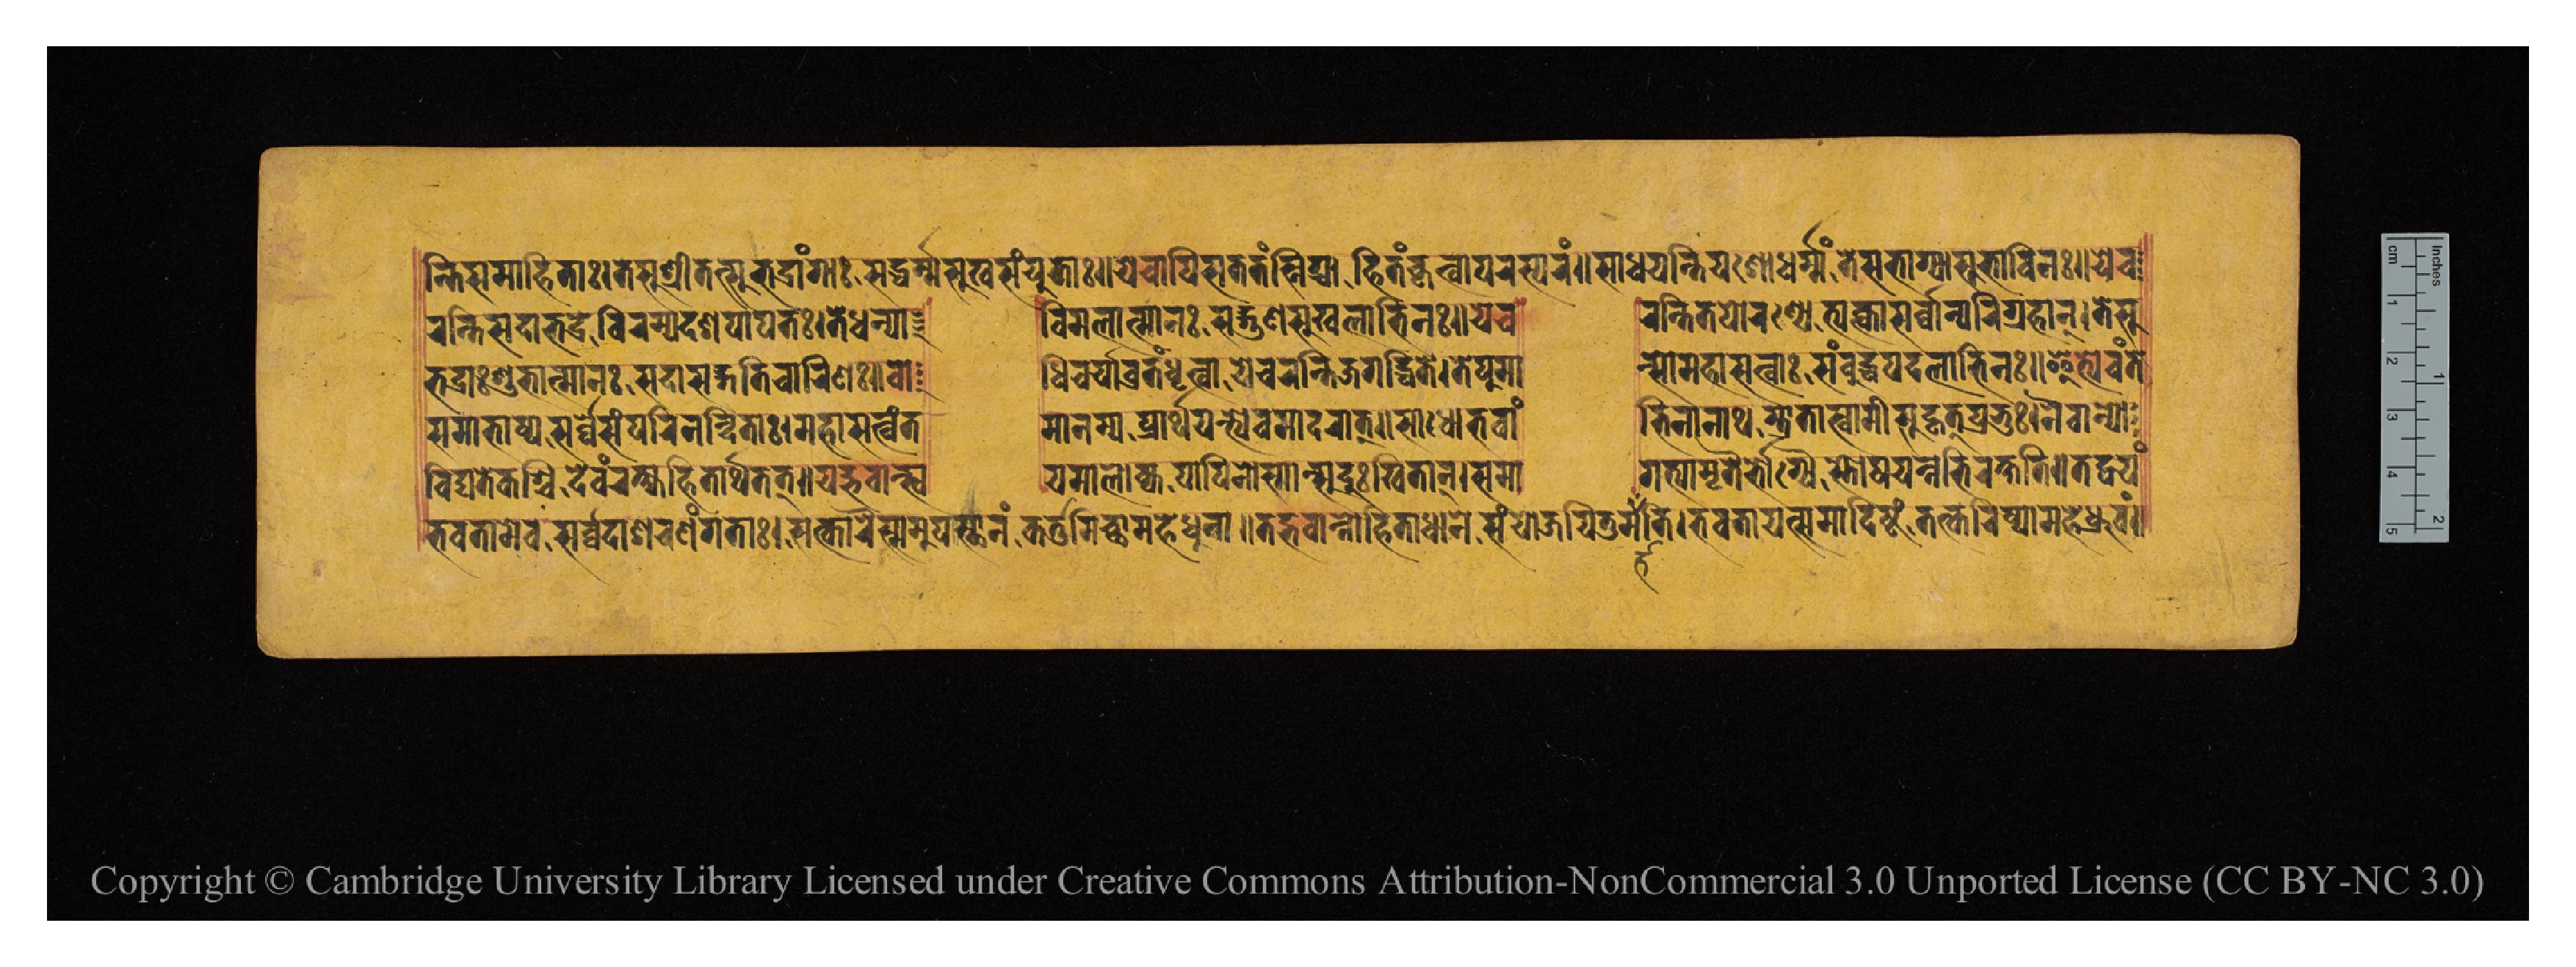
𑐣𑑂𑐟𑐶𑐳𑐩𑐵𑐴𑐶𑐟𑐵𑑅𑑋𑐟𑐾𑐳𑐸𑐱𑑂𑐬𑐷𑐃𑐩𑐟𑑂𑐳𑐸𑐨𑐡𑑂𑐬𑐵𑑄𑐐𑐵𑑅𑐳𑐡𑑂𑐢𑐬𑑂𑐩𑑂𑐩𑐳𑐸𑐏𑐳𑑄𑐫𑐸𑐟𑐵𑑅𑑌𑐫𑐾𑐔𑐵𑐥𑐶𑐳𑐟𑐟𑑄𑐳𑑂𑐣𑐶𑐐𑑂𑐢𑐵𑐴𑐶𑐟𑑄𑐎𑐺𑐟𑑂𑐰𑐵𑐥𑐬𑐳𑑂𑐥𑐬𑑄𑑌𑐳𑐵𑐢𑐫𑐣𑑂𑐟𑐶𑐫𑐱𑑀𑐢𑐬𑑂𑐩𑑂𑐩𑑄𑐟𑐾𑐳𑐨𑐵𑐐𑑂𑐫𑐵𑐳𑐸𑐨𑐵𑐰𑐶𑐣𑑅𑑌𑐫𑐾𑐔 𑐬𑐣𑑂𑐟𑐶𑐳𑐡𑐵𑐨𑐡𑑂𑐬𑐾𑐰𑐶𑐬𑐩𑑂𑐫𑐡𑐱𑐥𑐵𑐥𑐟𑑅𑑋𑐟𑐾𑐢𑐣𑑂𑐫𑐵   𑐰𑐶𑐩𑐮𑐵𑐟𑑂𑐩𑐵𑐣𑑅𑐳𑐡𑑂𑐐𑐸𑐞𑐳𑐸𑐏𑐮𑐵𑐨𑐶𑐣𑑅𑑋𑐫𑐾𑐔  𑐬𑐣𑑂𑐟𑐶𑐟𑐥𑑀𑐬𑐞𑑂𑐫𑐾𑐟𑑂𑐫𑐎𑑂𑐟𑑂𑐰𑐵𑐳𑐬𑑂𑐰𑑂𑐰𑐵𑐣𑑂𑐥𑐬𑐶𑐐𑑂𑐬𑐴𑐵𑐣𑑂𑑋𑐟𑐾𑐳𑐸 𑐨𑐡𑑂𑐬𑐵𑑅𑐱𑐸𑐨𑐵𑐟𑑂𑐩𑐵𑐣𑑅𑐳𑐡𑐵𑐳𑐡𑑂𑐐𑐟𑐶𑐔𑐵𑐬𑐶𑐞𑑅𑑋𑐧𑑀  𑐢𑐶𑐔𑐬𑑂𑐫𑐵𑐰𑑂𑐬𑐟𑑄𑐢𑐺𑐟𑑂𑐰𑐵𑐫𑐾𑐔𑐬𑐣𑑂𑐟𑐶𑐖𑐐𑐡𑑂𑐢𑐶𑐟𑐾𑑋𑐟𑐾𑐥𑐸𑐩𑐵  𑐣𑑂𑐳𑑀𑐩𑐴𑐵𑐳𑐟𑑂𑐰𑐵𑑅𑐳𑑄𑐧𑐸𑐡𑑂𑐢𑐥𑐡𑐮𑐵𑐨𑐶𑐣𑑅𑑌𑐂𑐟𑑂𑐫𑐾𑐰𑑄𑐟𑐾 𑐳𑐩𑐵𑐨𑐵𑐲𑑂𑐫𑐳𑐬𑑂𑐰𑑂𑐰𑐳𑑄𑐥𑐬𑐶𑐣𑐣𑑂𑐡𑐶𑐟𑐵𑑅𑑋𑐩𑐴𑐵𑐳𑐟𑑂𑐰𑑄𑐟  𑐩𑐵𑐣𑐩𑑂𑐫𑐥𑑂𑐬𑐵𑐬𑑂𑐠𑐫𑐣𑑂𑐟𑑂𑐫𑐾𑐩𑐵𑐡𑐬𑐵𑐟𑑂𑑌𑐳𑐵𑐢𑑀𑐨𑐰𑐵𑑄  𑐴𑐶𑐣𑑀𑐣𑐵𑐠𑐫𑐵𑐟𑐵𑐳𑑂𑐰𑐵𑐩𑐷𑐳𑐸𑐴𑐺𑐟𑑂𑐥𑑂𑐬𑐨𑐸𑑅𑑋𑐣𑐿𑐰𑐵𑐣𑑂𑐫𑑀 𑐰𑐶𑐡𑑂𑐫𑐟𑐾𑐎𑐱𑑂𑐔𑐶𑐡𑐾𑐰𑑄𑐬𑐎𑑂𑐲𑑂𑐫𑐴𑐶𑐟𑐵𑐬𑑂𑐠𑐨𑐺𑐟𑑂𑑌𑐫𑐡𑑂𑐨𑐰𑐵𑐣𑑂𑐳𑑂𑐰  𑐫𑐩𑐵𑐮𑑀𑐎𑑂𑐫𑐥𑐵𑐥𑐶𑐣𑑀𑐳𑑂𑐩𑐵𑐣𑑂𑐳𑐸𑐡𑐸𑑅𑐏𑐶𑐟𑐵𑐣𑑂𑑋𑐳𑐩𑐵  𑐐𑐟𑑂𑐫𑐵𑐩𑐺𑐟𑐿𑐬𑑂𑐨𑑀𑐐𑑂𑐫𑐿𑐳𑑂𑐟𑑀𑐲𑐫𑐣𑑂𑐣𑐨𑐶𑐬𑐎𑑂𑐲𑐟𑐶𑑌𑐟𑐡𑑂𑐰𑐫𑑄 𑐨𑐰𑐟𑐵𑐩𑐾𑐰𑐳𑐬𑑂𑐰𑑂𑐰𑐡𑐵𑐱𑐬𑐞𑑄𑐐𑐟𑐵𑑅𑑋𑐳𑐟𑑂𑐎𑐵𑐬𑐿𑐳𑑂𑐳𑐩𑐸𑐥𑐳𑑂𑐠𑐵𑐣𑑄𑐎𑐬𑑂𑐟𑐸𑐔𑑂𑐕𑐵𑐩𑐴𑐾𑐢𑐸𑐣𑐵𑑌𑐟𑐡𑑂𑐨𑐰𑐵𑐣𑑂𑐣𑑀𑐴𑐶𑐟𑐵𑐢𑐵𑐣𑐾𑐳𑑄𑐫𑑀𑐖𑐫𑐶𑐟𑐸𑐩𑐟𑐶𑑋𑐨𑐰𑐟𑐵𑐫𑐟𑑂𑐳𑐩𑐵𑐡𑐶𑐲𑑂𑐚𑑄𑐟𑐟𑑂𑐎𑐬𑐶𑐲𑑂𑐫𑐵𑐩𑐴𑐾𑐢𑑂𑐬𑐸𑐰𑑄𑑌